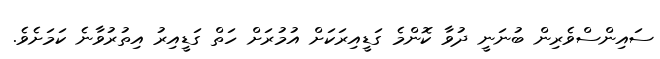
ސައިންސްވެރިން ބުނަނީ ދުވާ ކޮންމެ ގަޑީއިރަކަށް އުމުރަށް ހަތް ގަޑީއިރު އިތުރުވާނެ ކަމަށެވެ.